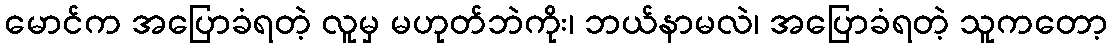
မောင်က အပြောခံရတဲ့ လူမှ မဟုတ်ဘဲကိုး၊ ဘယ်နာမလဲ၊ အပြောခံရတဲ့ သူကတော့